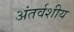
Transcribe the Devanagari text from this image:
अंतर्वशीय